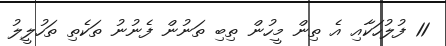
11 ފުލުހަކާއި އެ ތިން މީހުން ތިބި ތަނުން ފެނުނު ތަކެތި ތަހުލީލު